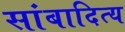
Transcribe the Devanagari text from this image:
सांबादित्य